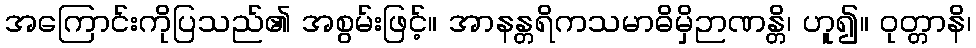
အကြောင်းကိုပြသည်၏ အစွမ်းဖြင့်။ အာနန္တရိကသမာဓိမှိဉာဏန္တိ၊ ဟူ၍။ ဝုတ္တာနိ၊